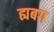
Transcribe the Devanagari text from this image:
ह्यबग